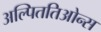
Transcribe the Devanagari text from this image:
अल्पिततिओन्स